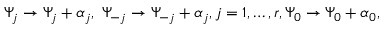
\Psi _ { j } \rightarrow \Psi _ { j } + \alpha _ { j } , \; \Psi _ { - j } \rightarrow \Psi _ { - j } + \alpha _ { j } , j = 1 , \ldots , r , \Psi _ { 0 } \rightarrow \Psi _ { 0 } + \alpha _ { 0 } ,